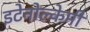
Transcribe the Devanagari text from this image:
इटेनोल्केमी